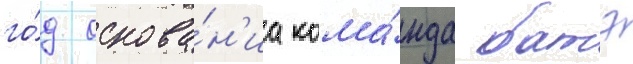
го́д основа́н'иа кома́нда батэ